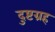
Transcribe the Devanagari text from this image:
दुष्टग्रह